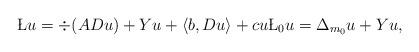
LaTeX: \begin{align*} \L u=\div(A D u) + Yu + \langle b, D u\rangle+ cu \L_0 u = \Delta_{m_0}u + Y u ,\end{align*}